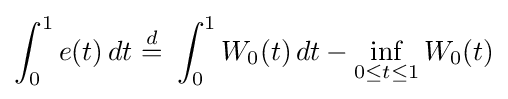
\int _{0}^{1}e(t)\,dt\ {\stackrel {d}{=}}\ \int _{0}^{1}W_{0}(t)\,dt-\inf _{0\leq t\leq 1}W_{0}(t)